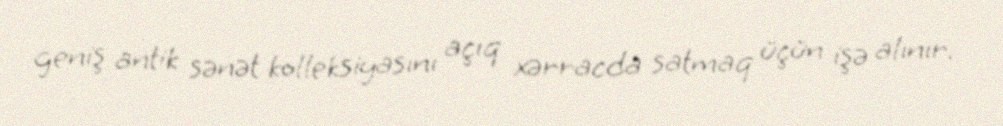
geniş antik sənət kolleksiyasını açıq xərracda satmaq üçün işə alınır.